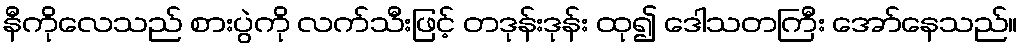
နီကိုလေသည် စားပွဲကို လက်သီးဖြင့် တဒုန်းဒုန်း ထု၍ ဒေါသတကြီး အော်နေသည်။